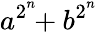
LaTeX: a^{2^{\overset{n}{}}}\! \! +b^{2^{\overset{n}{}}}